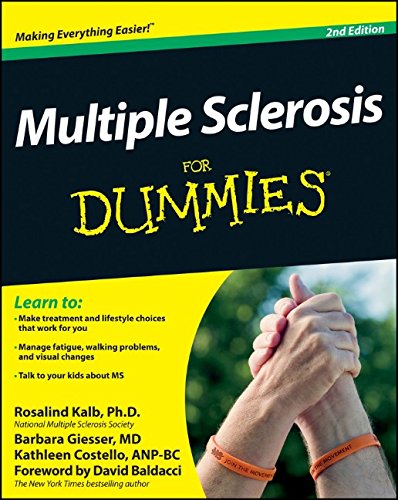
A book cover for Multiple Sclerosis For Dummies; Rosalind Kalb; Health, Fitness & Dieting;